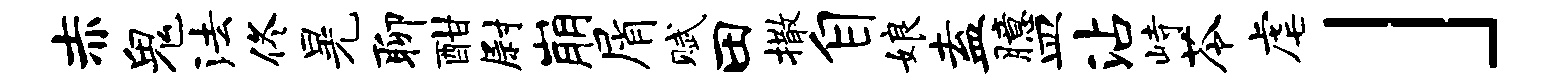
赤鬼法佟晃聊酣尉崩屑赋田撒自娘盍臆皿沾峙苓虐」